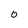
Character: O